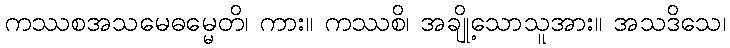
ကဿစအသမေဓမ္မေတိ၊ ကား။ ကဿစိ၊ အချို့သောသူအား။ အသဒိသေ၊